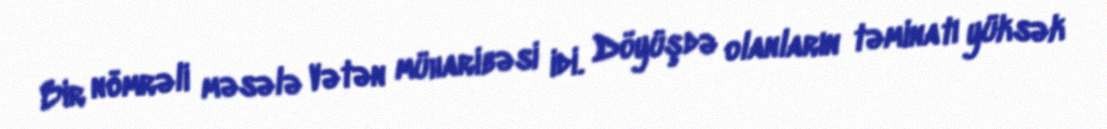
Bir nömrəli məsələ Vətən müharibəsi idi. Döyüşdə olanların təminatı yüksək